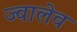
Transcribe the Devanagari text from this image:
ज्वालेव